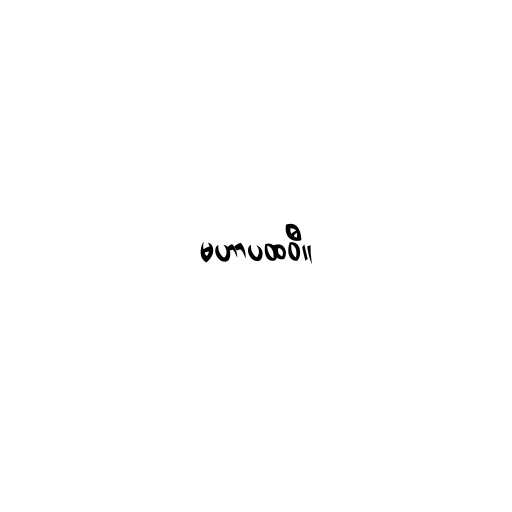
မဟာပထဝီ။